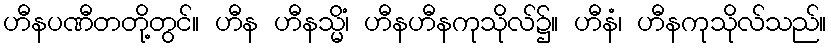
ဟီနပဏီတတို့တွင်။ ဟီန ဟီနသ္မိံ၊ ဟီနဟီနကုသိုလ်၌။ ဟီနံ၊ ဟီနကုသိုလ်သည်။